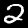
Digit: 2